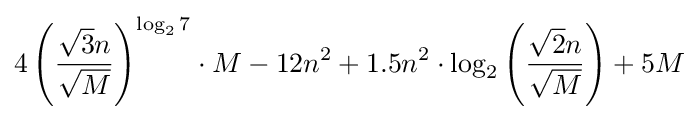
4\left({\frac {{\sqrt {3}}n}{\sqrt {M}}}\right)^{\log _{2}7}\cdot M-12n^{2}+1.5n^{2}\cdot \log _{2}\left({\frac {{\sqrt {2}}n}{\sqrt {M}}}\right)+5M